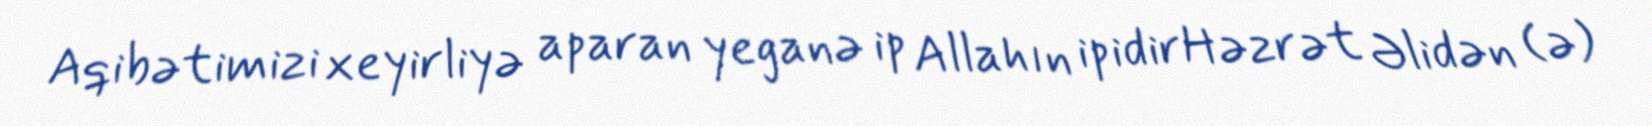
Aqibətimizi xeyirliyə aparan yeganə ip Allahın ipidirHəzrət Əlidən (ə)